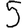
Digit: 5